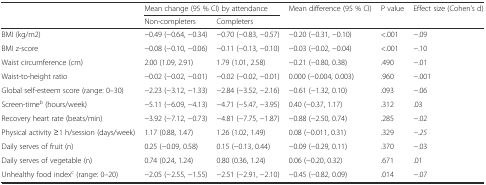
| <ROWSPAN=2>  | <COLSPAN=2> Mean change (95 % CI) by attendance | Mean difference (95 % CI) | P value | Effect size (Cohen’s d) |
 | Non-completers | Completers |  |  |  |
 | --- | --- | --- | --- | --- | --- |
 | BMI (kg/m2) | −0.49 (−0.64, −0.34) | −0.70 (−0.83, −0.57) | −0.20 (−0.31, −0.10) | <.001 | −.09 |
 | BMI z-score | −0.08 (−0.10, −0.06) | −0.11 (−0.13, −0.10) | −0.03 (−0.02, −0.04) | <.001 | −.10 |
 | Waist circumference (cm) | 2.00 (1.09, 2.91) | 1.79 (1.01, 2.58) | −0.21 (−0.80, 0.38) | .490 | −.01 |
 | Waist-to-height ratio | −0.02 (−0.02, −0.01) | −0.02 (−0.02, −0.01) | 0.000 (−0.004, 0.003) | .960 | −.001 |
 | Global self-esteem score (range: 0–30) | −2.23 (−3.12, −1.33) | −2.84 (−3.52, −2.16) | −0.61 (−1.32, 0.10) | .093 | −.06 |
 | Screen-timeb (hours/week) | −5.11 (−6.09, −4.13) | −4.71 (−5.47, −3.95) | 0.40 (−0.37, 1.17) | .312 | .03 |
 | Recovery heart rate (beats/min) | −3.92 (−7.12, −0.73) | −4.81 (−7.75, −1.87) | −0.88 (−2.50, 0.74) | .285 | −.02 |
 | Physical activity ≥1 h/session (days/week) | 1.17 (0.88, 1.47) | 1.26 (1.02, 1.49) | 0.08 (−0.011, 0.31) | .329 | −.25 |
 | Daily serves of fruit (n) | 0.25 (−0.09, 0.58) | 0.15 (−0.13, 0.44) | −0.09 (−0.29, 0.11) | .370 | −.03 |
 | Daily serves of vegetable (n) | 0.74 (0.24, 1.24) | 0.80 (0.36, 1.24) | 0.06 (−0.20, 0.32) | .671 | .01 |
 | Unhealthy food indexc (range: 0–20) | −2.05 (−2.55, −1.55) | −2.51 (−2.91, −2.10) | −0.45 (−0.82, 0.09) | .014 | −.07 |